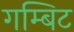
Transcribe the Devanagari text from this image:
गम्बिट